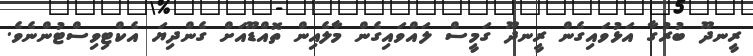
ރީނދޫ ބުރުގާ އަޅުވައިގެން ރީނދޫ ގަމީސް ލައްވައިގެން މާލެއިން ތޮއްޑޫއަށް ގެންދިޔަ އެކްޓިވިސްޓުންނެވެ.